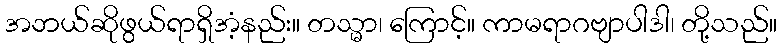
အဘယ်ဆိုဖွယ်ရာရှိအံ့နည်း။ တသ္မာ၊ ကြောင့်။ ကာမရာဂဗျာပါဒါ၊ တို့သည်။